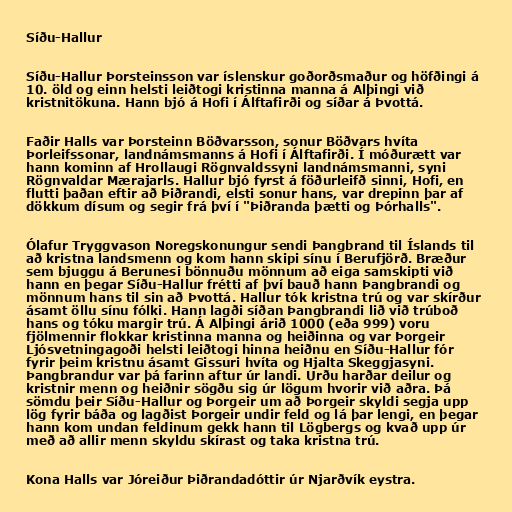
Síðu-Hallur

Síðu-Hallur Þorsteinsson var íslenskur goðorðsmaður og höfðingi á
10. öld og einn helsti leiðtogi kristinna manna á Alþingi við
kristnitökuna. Hann bjó á Hofi í Álftafirði og síðar á Þvottá.

Faðir Halls var Þorsteinn Böðvarsson, sonur Böðvars hvíta
Þorleifssonar, landnámsmanns á Hofi í Álftafirði. Í móðurætt var
hann kominn af Hrollaugi Rögnvaldssyni landnámsmanni, syni
Rögnvaldar Mærajarls. Hallur bjó fyrst á föðurleifð sinni, Hofi, en
flutti þaðan eftir að Þiðrandi, elsti sonur hans, var drepinn þar af
dökkum dísum og segir frá því í "Þiðranda þætti og Þórhalls".

Ólafur Tryggvason Noregskonungur sendi Þangbrand til Íslands til
að kristna landsmenn og kom hann skipi sínu í Berufjörð. Bræður
sem bjuggu á Berunesi bönnuðu mönnum að eiga samskipti við
hann en þegar Síðu-Hallur frétti af því bauð hann Þangbrandi og
mönnum hans til sin að Þvottá. Hallur tók kristna trú og var skírður
ásamt öllu sínu fólki. Hann lagði síðan Þangbrandi lið við trúboð
hans og tóku margir trú. Á Alþingi árið 1000 (eða 999) voru
fjölmennir flokkar kristinna manna og heiðinna og var Þorgeir
Ljósvetningagoði helsti leiðtogi hinna heiðnu en Síðu-Hallur fór
fyrir þeim kristnu ásamt Gissuri hvíta og Hjalta Skeggjasyni.
Þangbrandur var þá farinn aftur úr landi. Urðu harðar deilur og
kristnir menn og heiðnir sögðu sig úr lögum hvorir við aðra. Þá
sömdu þeir Síðu-Hallur og Þorgeir um að Þorgeir skyldi segja upp
lög fyrir báða og lagðist Þorgeir undir feld og lá þar lengi, en þegar
hann kom undan feldinum gekk hann til Lögbergs og kvað upp úr
með að allir menn skyldu skírast og taka kristna trú.

Kona Halls var Jóreiður Þiðrandadóttir úr Njarðvík eystra.